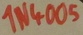
Text: 1N4005